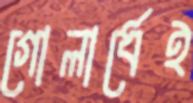
গোলার্ধেই